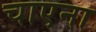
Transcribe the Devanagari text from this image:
चाएना